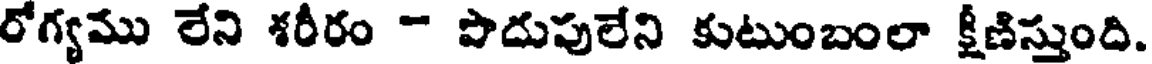
రోగ్యము లేని శరీరం " పొదుపులేని కుటుంబంలా క్షీణిస్తుంది.